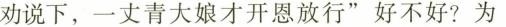
劝说下，一丈青大娘才开恩放行”好不好?为